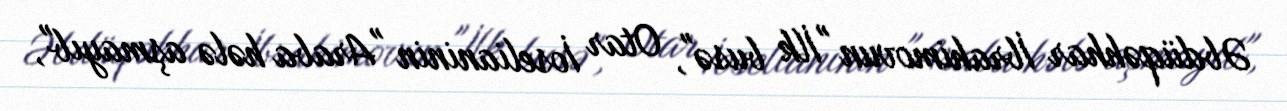
Əbdüqəhhar İbrahimovun "İlk busə", Otar İoselianinin "Araba hələ aşmayıb",